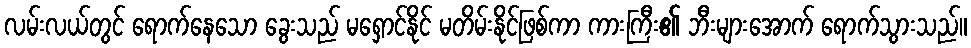
လမ်းလယ်တွင် ရောက်နေသော ခွေးသည် မရှောင်နိုင် မတိမ်းနိုင်ဖြစ်ကာ ကားကြီး၏ ဘီးများအောက် ရောက်သွားသည်။